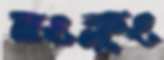
মংক্লুং